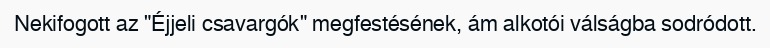
Nekifogott az "Éjjeli csavargók" megfestésének, ám alkotói válságba sodródott.